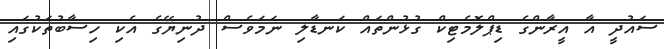
ސައުދީ އާ އީރާންގެ ޑިޕްލޮމެޓިކް ގުޅުންތައް ކަނޑާލި ނަމަވެސް ދުނިޔޭގެ އެކި ހިސާބުތަކުގައި